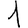
Digit: 1